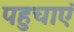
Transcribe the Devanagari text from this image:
पहुचाएं